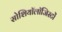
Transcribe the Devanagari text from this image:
सोशियॉलॉजिस्टों